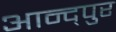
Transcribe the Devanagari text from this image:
आन्द्पुर